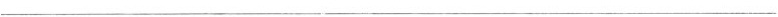
___